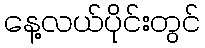
နေ့လယ်ပိုင်းတွင်